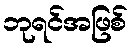
ဘုရင်အဖြစ်